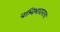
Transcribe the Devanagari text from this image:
बश्बिभावानाचा